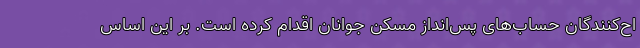
اح‌کنندگان حساب‌های پس‌انداز مسکن جوانان اقدام کرده است. بر این اساس